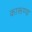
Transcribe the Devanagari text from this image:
कारूण्य